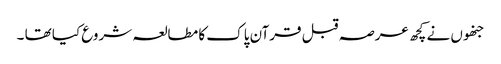
جنھوں نے کچھ عرصہ قبل قرآن پاک کا مطالعہ شروع کیا تھا ۔